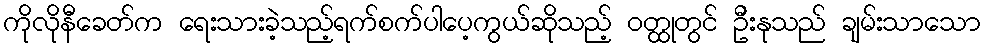
ကိုလိုနီခေတ်က ရေးသားခဲ့သည့်ရက်စက်ပါပေ့ကွယ်ဆိုသည့် ဝတ္ထုတွင် ဦးနုသည် ချမ်းသာသော